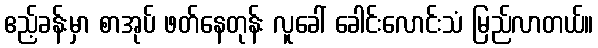
ဧည့်ခန်းမှာ စာအုပ် ဖတ်နေတုန်း လူခေါ် ခေါင်းလောင်းသံ မြည်လာတယ်။